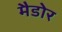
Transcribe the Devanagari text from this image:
मैडोर